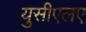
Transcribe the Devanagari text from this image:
युसीएलए